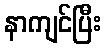
နာကျင်ပြီး